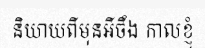
និយាយពីមុនអីចឹង កាលខ្ញុំ